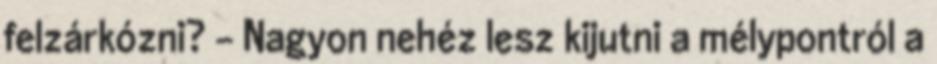
felzárkózni? - Nagyon nehéz lesz kijutni a mélypontról a